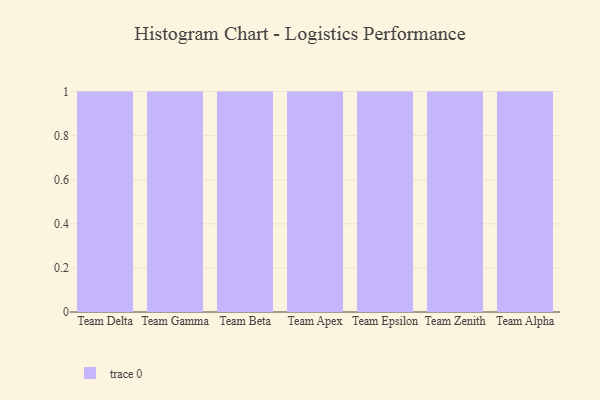
{"axis": {"x": "Team", "y": "Customer Acquisition Cost (USD)"}, "legend": [""], "data": [{"x": "Team Delta", "y": 60, "type": ""}, {"x": "Team Gamma", "y": 94, "type": ""}, {"x": "Team Beta", "y": 45, "type": ""}, {"x": "Team Apex", "y": 91, "type": ""}, {"x": "Team Epsilon", "y": 68, "type": ""}, {"x": "Team Zenith", "y": 48, "type": ""}, {"x": "Team Alpha", "y": 68, "type": ""}]}